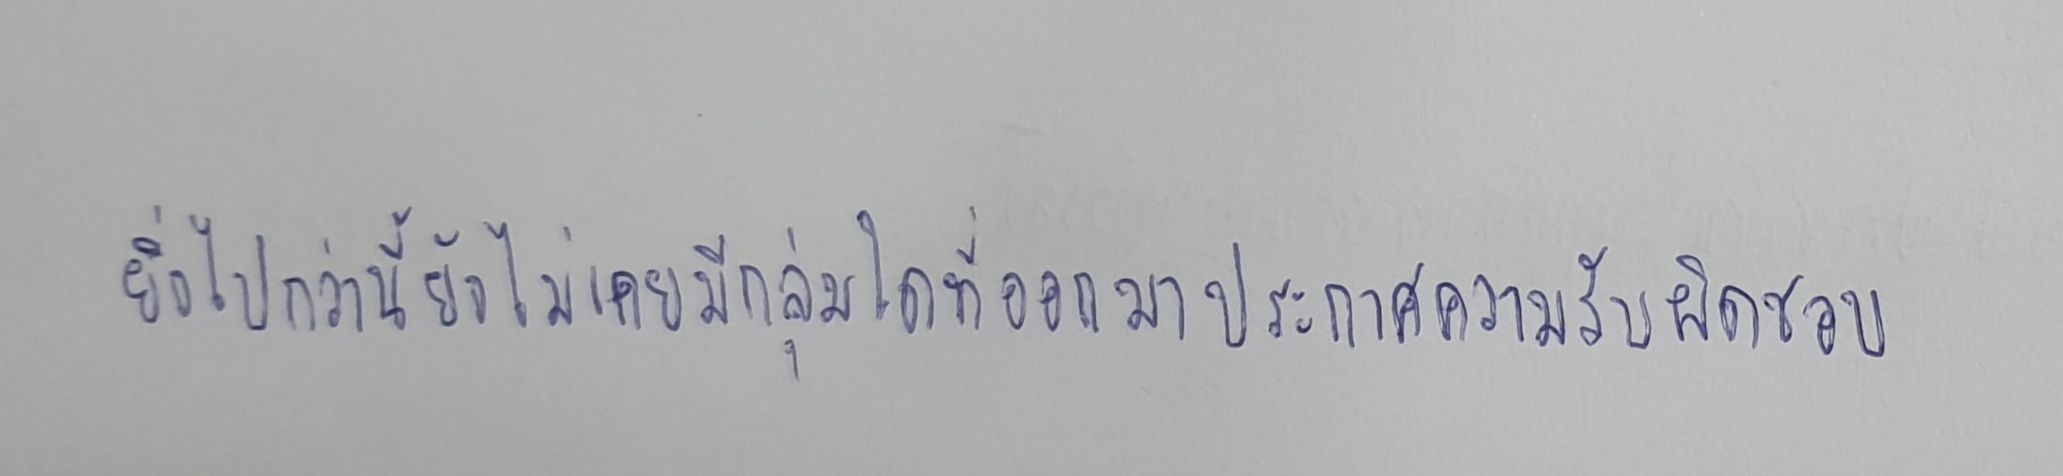
ยิ่งไปกว่านี้ยังไม่เคยมีกลุ่มใดที่ออกมาประกาศความรับผิดชอบ